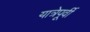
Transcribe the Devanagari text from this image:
यात्रेपूर्वी